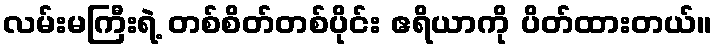
လမ်းမကြီးရဲ့ တစ်စိတ်တစ်ပိုင်း ဧရိယာကို ပိတ်ထားတယ်။